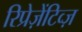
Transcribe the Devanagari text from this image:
रिप्रेज़ेंटिव्ज़